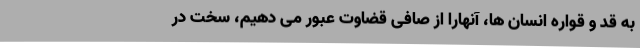
به قد و قواره انسان ها، آنهارا از صافی قضاوت عبور می دهیم، سخت در